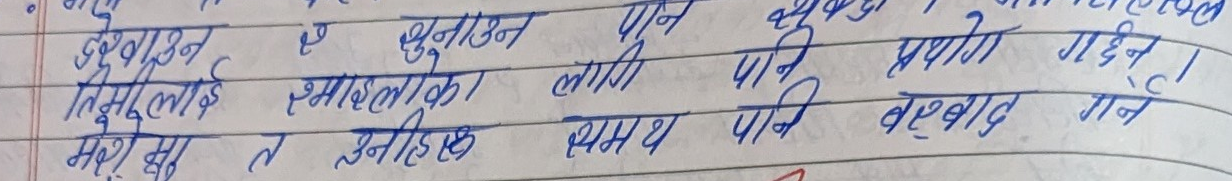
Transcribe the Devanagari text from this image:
ए छ धुनाउन पुनः शौचालयमा
तिमीलाई रुमालका लागि पानी प्रयोग गर्दिन।
मर्य म त उनिहरुको समक्ष पानी बरबाद गर्ने